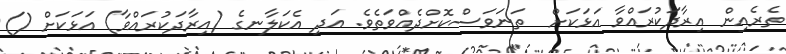
ތެރެއިން އިރާދަކުރައްވާ އަޅަަކަށް  ތަނަވަސްކޮށްދެއްވަތެވެ. އަދި އެކަލާނގެ (އިރާދަކުރައްވާ) އަޅަކަށް ()